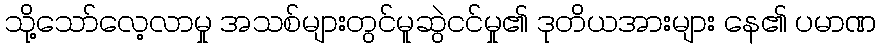
သို့သော်လေ့လာမှု အသစ်များတွင်မူဆွဲငင်မှု၏ ဒုတိယအားများ နေ၏ ပမာဏ